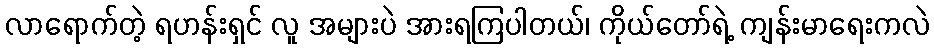
လာရောက်တဲ့ ရဟန်းရှင် လူ အများပဲ အားရကြပါတယ်၊ ကိုယ်တော်ရဲ့ ကျန်းမာရေးကလဲ